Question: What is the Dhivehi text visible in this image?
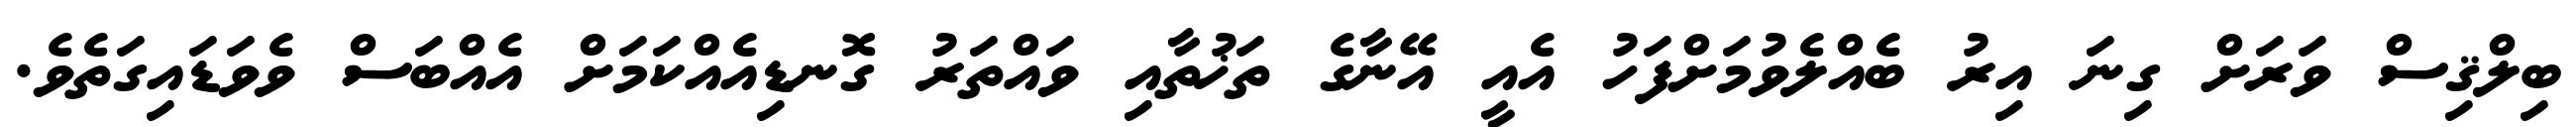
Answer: ބިލްޤިސް ވަރަށް ގިނަ އިރު ބެއްލެވުމަށްފަހު އެއީ އޭނާގެ ތަޚުތާއި ވައްތަރު ގޮނޑިއެއްކަމަށް އެއްބަސް ވެވަޑައިގަތެވެ.